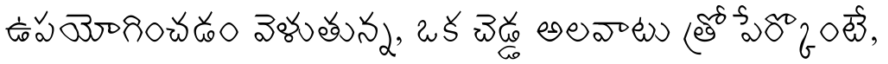
ఉపయోగించడం వెళుతున్న, ఒక చెడ్డ అలవాటు త్రో పేర్కొంటే,